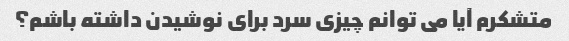
متشکرم آیا می توانم چیزی سرد برای نوشیدن داشته باشم؟